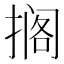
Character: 搁